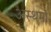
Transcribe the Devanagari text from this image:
अस्‍थमा